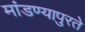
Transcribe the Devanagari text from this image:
मांडण्यापुरते